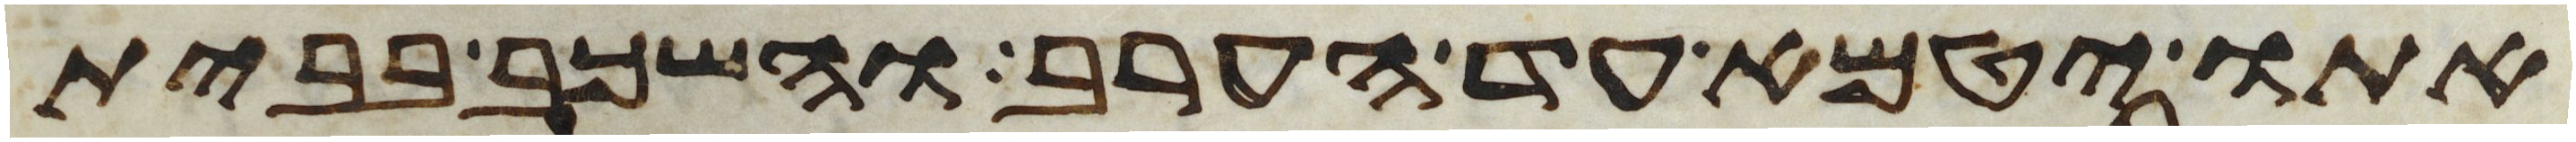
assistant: אתו יטמא עד הערב והשכב בבית